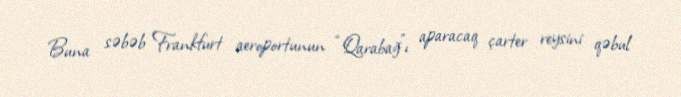
Buna səbəb Frankfurt aeroportunun “Qarabağ”ı aparacaq çarter reysini qəbul